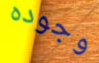
وجوده